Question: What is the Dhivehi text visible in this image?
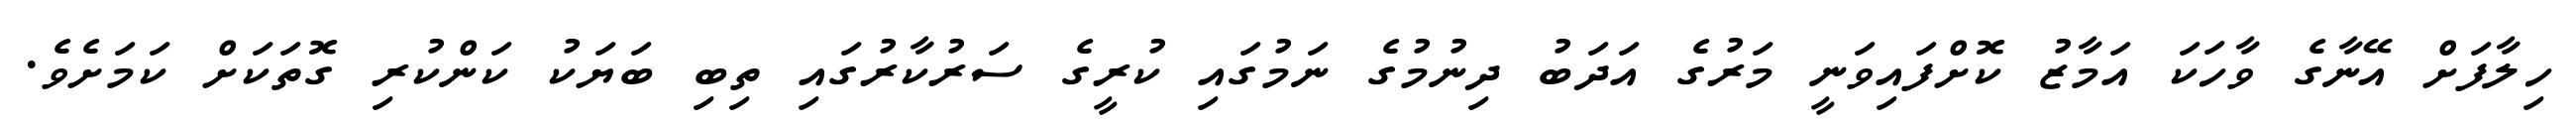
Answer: ހިލާފަށް އޭނާގެ ވާހަކަ އަމާޒު ކޮށްފައިވަނީ މަރުގެ އަދަބު ދިނުމުގެ ނަމުގައި ކުރީގެ ސަރުކާރުގައި ތިބި ބަޔަކު ކަންކުރި ގޮތަކަށް ކަމަށެވެ.